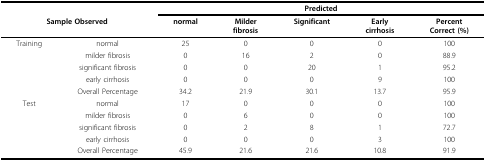
<table><thead><tr><td></td><td></td><td colspan="5"><b>Predicted</b></td></tr><tr><td colspan="2"><b>Sample Observed</b></td><td><b>normal</b></td><td><b>Milderfibrosis</b></td><td><b>Significant</b></td><td><b>Earlycirrhosis</b></td><td><b>PercentCorrect (%)</b></td></tr></thead><tbody><tr><td>Training</td><td>normal</td><td>25</td><td>0</td><td>0</td><td>0</td><td>100</td></tr><tr><td></td><td>milder fibrosis</td><td>0</td><td>16</td><td>2</td><td>0</td><td>88.9</td></tr><tr><td></td><td>significant fibrosis</td><td>0</td><td>0</td><td>20</td><td>1</td><td>95.2</td></tr><tr><td></td><td>early cirrhosis</td><td>0</td><td>0</td><td>0</td><td>9</td><td>100</td></tr><tr><td></td><td>Overall Percentage</td><td>34.2</td><td>21.9</td><td>30.1</td><td>13.7</td><td>95.9</td></tr><tr><td>Test</td><td>normal</td><td>17</td><td>0</td><td>0</td><td>0</td><td>100</td></tr><tr><td></td><td>milder fibrosis</td><td>0</td><td>6</td><td>0</td><td>0</td><td>100</td></tr><tr><td></td><td>significant fibrosis</td><td>0</td><td>2</td><td>8</td><td>1</td><td>72.7</td></tr><tr><td></td><td>early cirrhosis</td><td>0</td><td>0</td><td>0</td><td>3</td><td>100</td></tr><tr><td></td><td>Overall Percentage</td><td>45.9</td><td>21.6</td><td>21.6</td><td>10.8</td><td>91.9</td></tr></tbody></table>